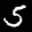
Label: 5